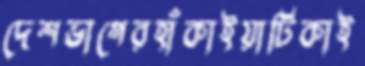
দেশভাগেরহাঁকাইয়াটিকাই